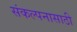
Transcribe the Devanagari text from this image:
संकल्पनासाठी